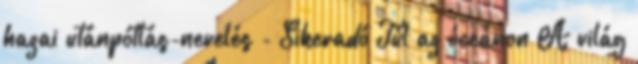
hazai utánpótlás-nevelés - Sikeradó Túl az óceánon A világ